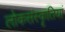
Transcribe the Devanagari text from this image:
लोकसंस्कृतियां